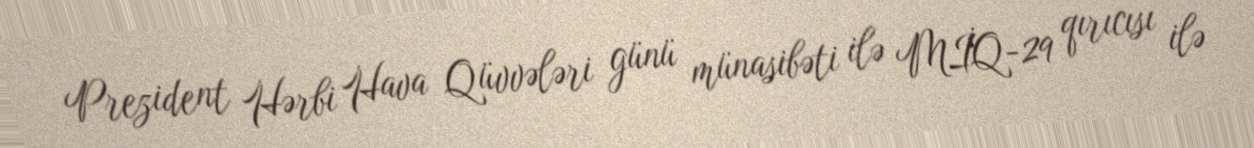
Prezident Hərbi Hava Qüvvələri günü münasibəti ilə MİQ-29 qırıcısı ilə